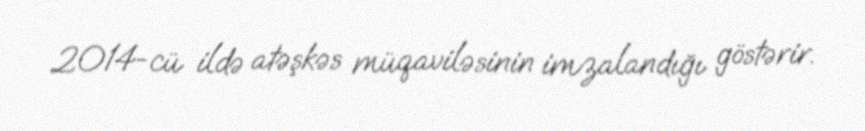
2014-cü ildə atəşkəs müqaviləsinin imzalandığı göstərir.